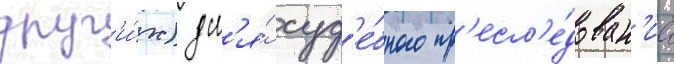
друг'и́х) дл'я́ суд'е́бного пр'есл'е́дован'иа